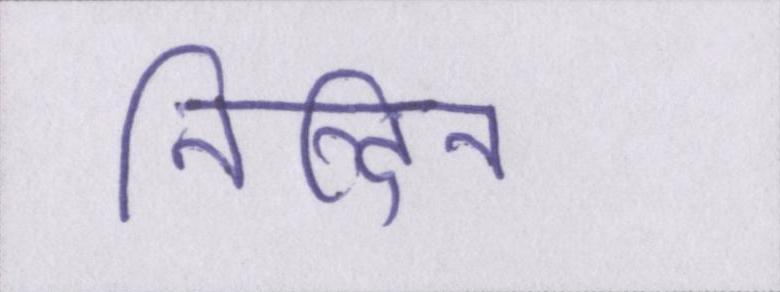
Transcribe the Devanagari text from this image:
निन्दित